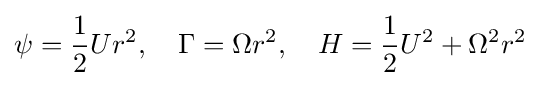
\psi ={\frac {1}{2}}Ur^{2},\quad \Gamma =\Omega r^{2},\quad H={\frac {1}{2}}U^{2}+\Omega ^{2}r^{2}